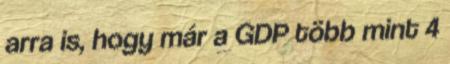
arra is, hogy már a GDP több mint 4